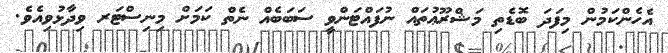
އެހެންކަމުން މިފަދަ ބޮޑެތި މަޝްރޫޢުތައް ނުފައްޓަންވީ ސަބަބެއް ނެތް ކަމަށް މިނިސްޓަރ ވިދާޅުވިއެވެ.